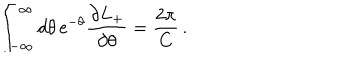
\int _ { - \infty } ^ { \infty } d \theta \, \mathrm { e } ^ { - \theta } \frac { \partial L _ { + } } { \partial \theta } = \frac { 2 \pi } { C } \, .